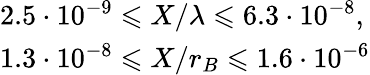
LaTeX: \begin{array}{l}{2.5\cdot 10^{-9}\leqslant X/\lambda\leqslant 6.3\cdot 10^{-8},}\\ {1.3\cdot 10^{-8}\leqslant X/r_{B}\leqslant 1.6\cdot 10^{-6}}\end{array}